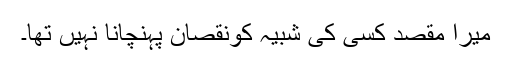
میرا مقصد کسی کی شبیہ کونقصان پہنچانا نہیں تھا۔